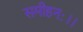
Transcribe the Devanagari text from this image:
समीहनः।।